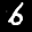
Label: 6